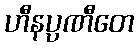
ဟီနပ္ပဏီတေ